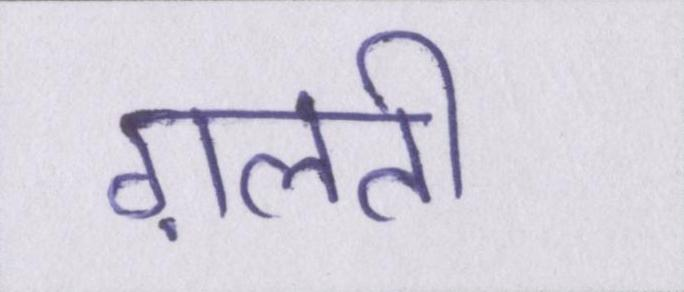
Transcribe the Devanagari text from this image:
ग़लती